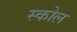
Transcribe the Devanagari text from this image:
स्कोल